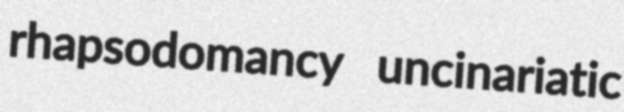
rhapsodomancy uncinariatic